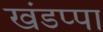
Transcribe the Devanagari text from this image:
खंडप्पा